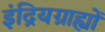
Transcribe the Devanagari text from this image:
इंद्रियग्राह्यों